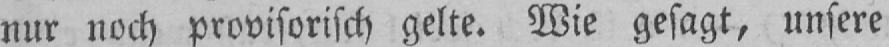
nur noch provisorisch gelte. Wie gesagt, unsere